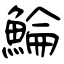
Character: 鯩